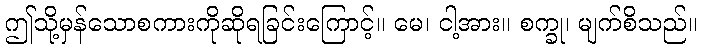
ဤသို့မှန်သောစကားကိုဆိုရခြင်းကြောင့်။ မေ၊ ငါ့အား။ စက္ခု၊ မျက်စိသည်။